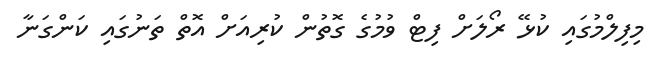
މިފިލްމުގައި ކުޅޭ ރޯލަށް ފިޓް ވުމުގެ ގޮތުން ކުރިއަށް އޮތް ތަނުގައި ކަންގަނާ